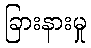
ခြားနားမှု